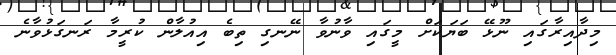
މިދާއިރާގައި ނޫޅޭ ބަޔަކަށް މީގައި ވާނުވާ ނޭނގި ތިބެ އިއުލާން ކުރީމާ ރަނގަޅުވާނެ